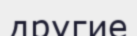
другие